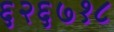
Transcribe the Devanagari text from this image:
६२६७१८